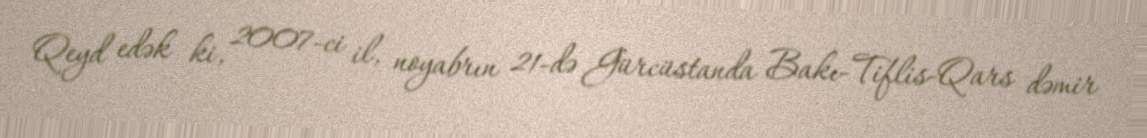
Qeyd edək ki, 2007-ci il, noyabrın 21-də Gürcüstanda Bakı-Tiflis-Qars dəmir